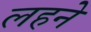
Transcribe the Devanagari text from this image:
लहने